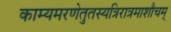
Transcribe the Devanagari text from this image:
काम्यमरणेतुतस्यत्रिरात्रमाशौचम्